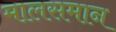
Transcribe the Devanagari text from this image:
मालसमान